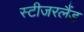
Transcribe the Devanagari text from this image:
स्टीजरलैंड